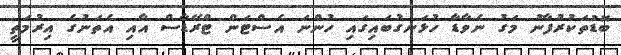
ބޮޑުތަކުރުފާނު މަގު ނެވާޑާ ހުޅަނގުބައިގައި ހުންނަ އެސްޓަން ޓްރޭޑާސް އާއި އެތަނުގެ އިރުމަތީ